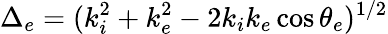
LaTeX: \Delta_{e}=(k_{i}^{2}+k_{e}^{2}-2k_{i}k_{e}\cos\theta_{e})^{1/2}